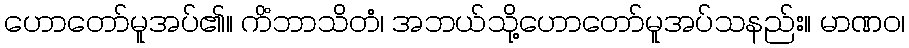
ဟောတော်မူအပ်၏။ ကိံဘာသိတံ၊ အဘယ်သို့ဟောတော်မူအပ်သနည်း။ မာဏဝ၊